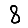
Digit: 8